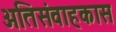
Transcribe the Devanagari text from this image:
अतिसंवाहकास